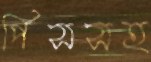
পিসসহ